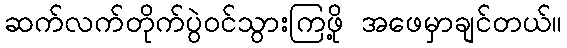
ဆက်လက်တိုက်ပွဲဝင်သွားကြဖို့ အဖေမှာချင်တယ်။